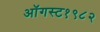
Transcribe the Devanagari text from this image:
ऑगस्ट१९८२